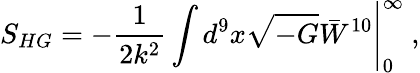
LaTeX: S_{HG}=-\frac{1}{2k^{2}}\int d^{9}x\sqrt{-G}\bar{W}^{10}\Bigg|_{0}^{\infty}\ ,